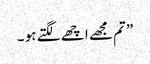
” تم مجھے اچھے لگتے ہو ۔